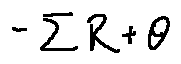
- \sum R + \theta